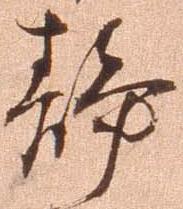
静